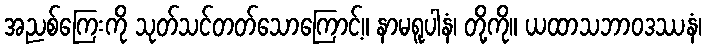
အညစ်ကြေးကို သုတ်သင်တတ်သောကြောင့်။ နာမရူပါနံ၊ တို့ကို။ ယထာသဘာဝဒဿနံ၊